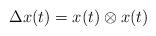
LaTeX: \begin{align*}\Delta x(t) = x(t) \otimes x(t)\end{align*}